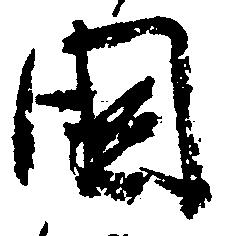
国